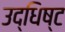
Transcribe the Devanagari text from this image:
उद्धिष्ट